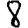
Digit: 8